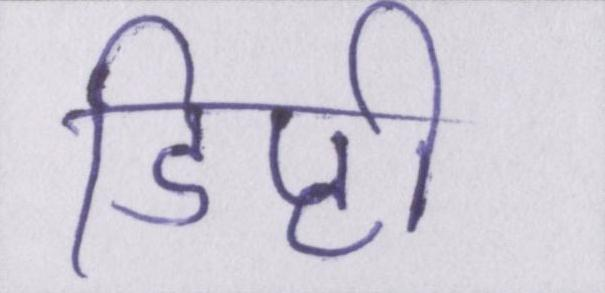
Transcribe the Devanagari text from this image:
डिप्टी